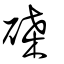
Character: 磉